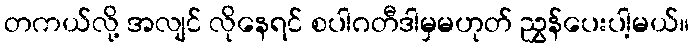
တကယ်လို့ အလျင် လိုနေရင် စပါဂတီဒါမှမဟုတ် ညွှန်ပေးပါ့မယ်။